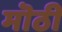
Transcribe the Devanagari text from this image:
मॊठी